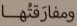
ومفارقتها